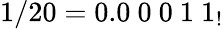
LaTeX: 1/20=0.0\ 0\ 0\ 1\ 1_{!}